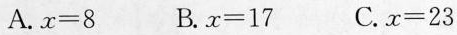
A.x=8 B.x=17 C.x=23